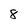
Character: 8